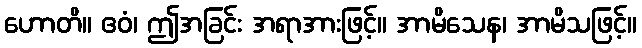
ဟောတိ။ ဧဝံ၊ ဤအခြင်း အရာအားဖြင့်။ အာမိသေန၊ အာမိသဖြင့်။